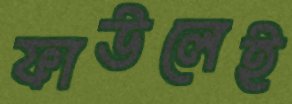
ফাউলেই